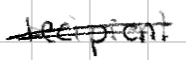
Text: recipient
Cross-out: double-line
Writing tool: digital_black